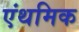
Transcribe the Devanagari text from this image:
एंथमिक